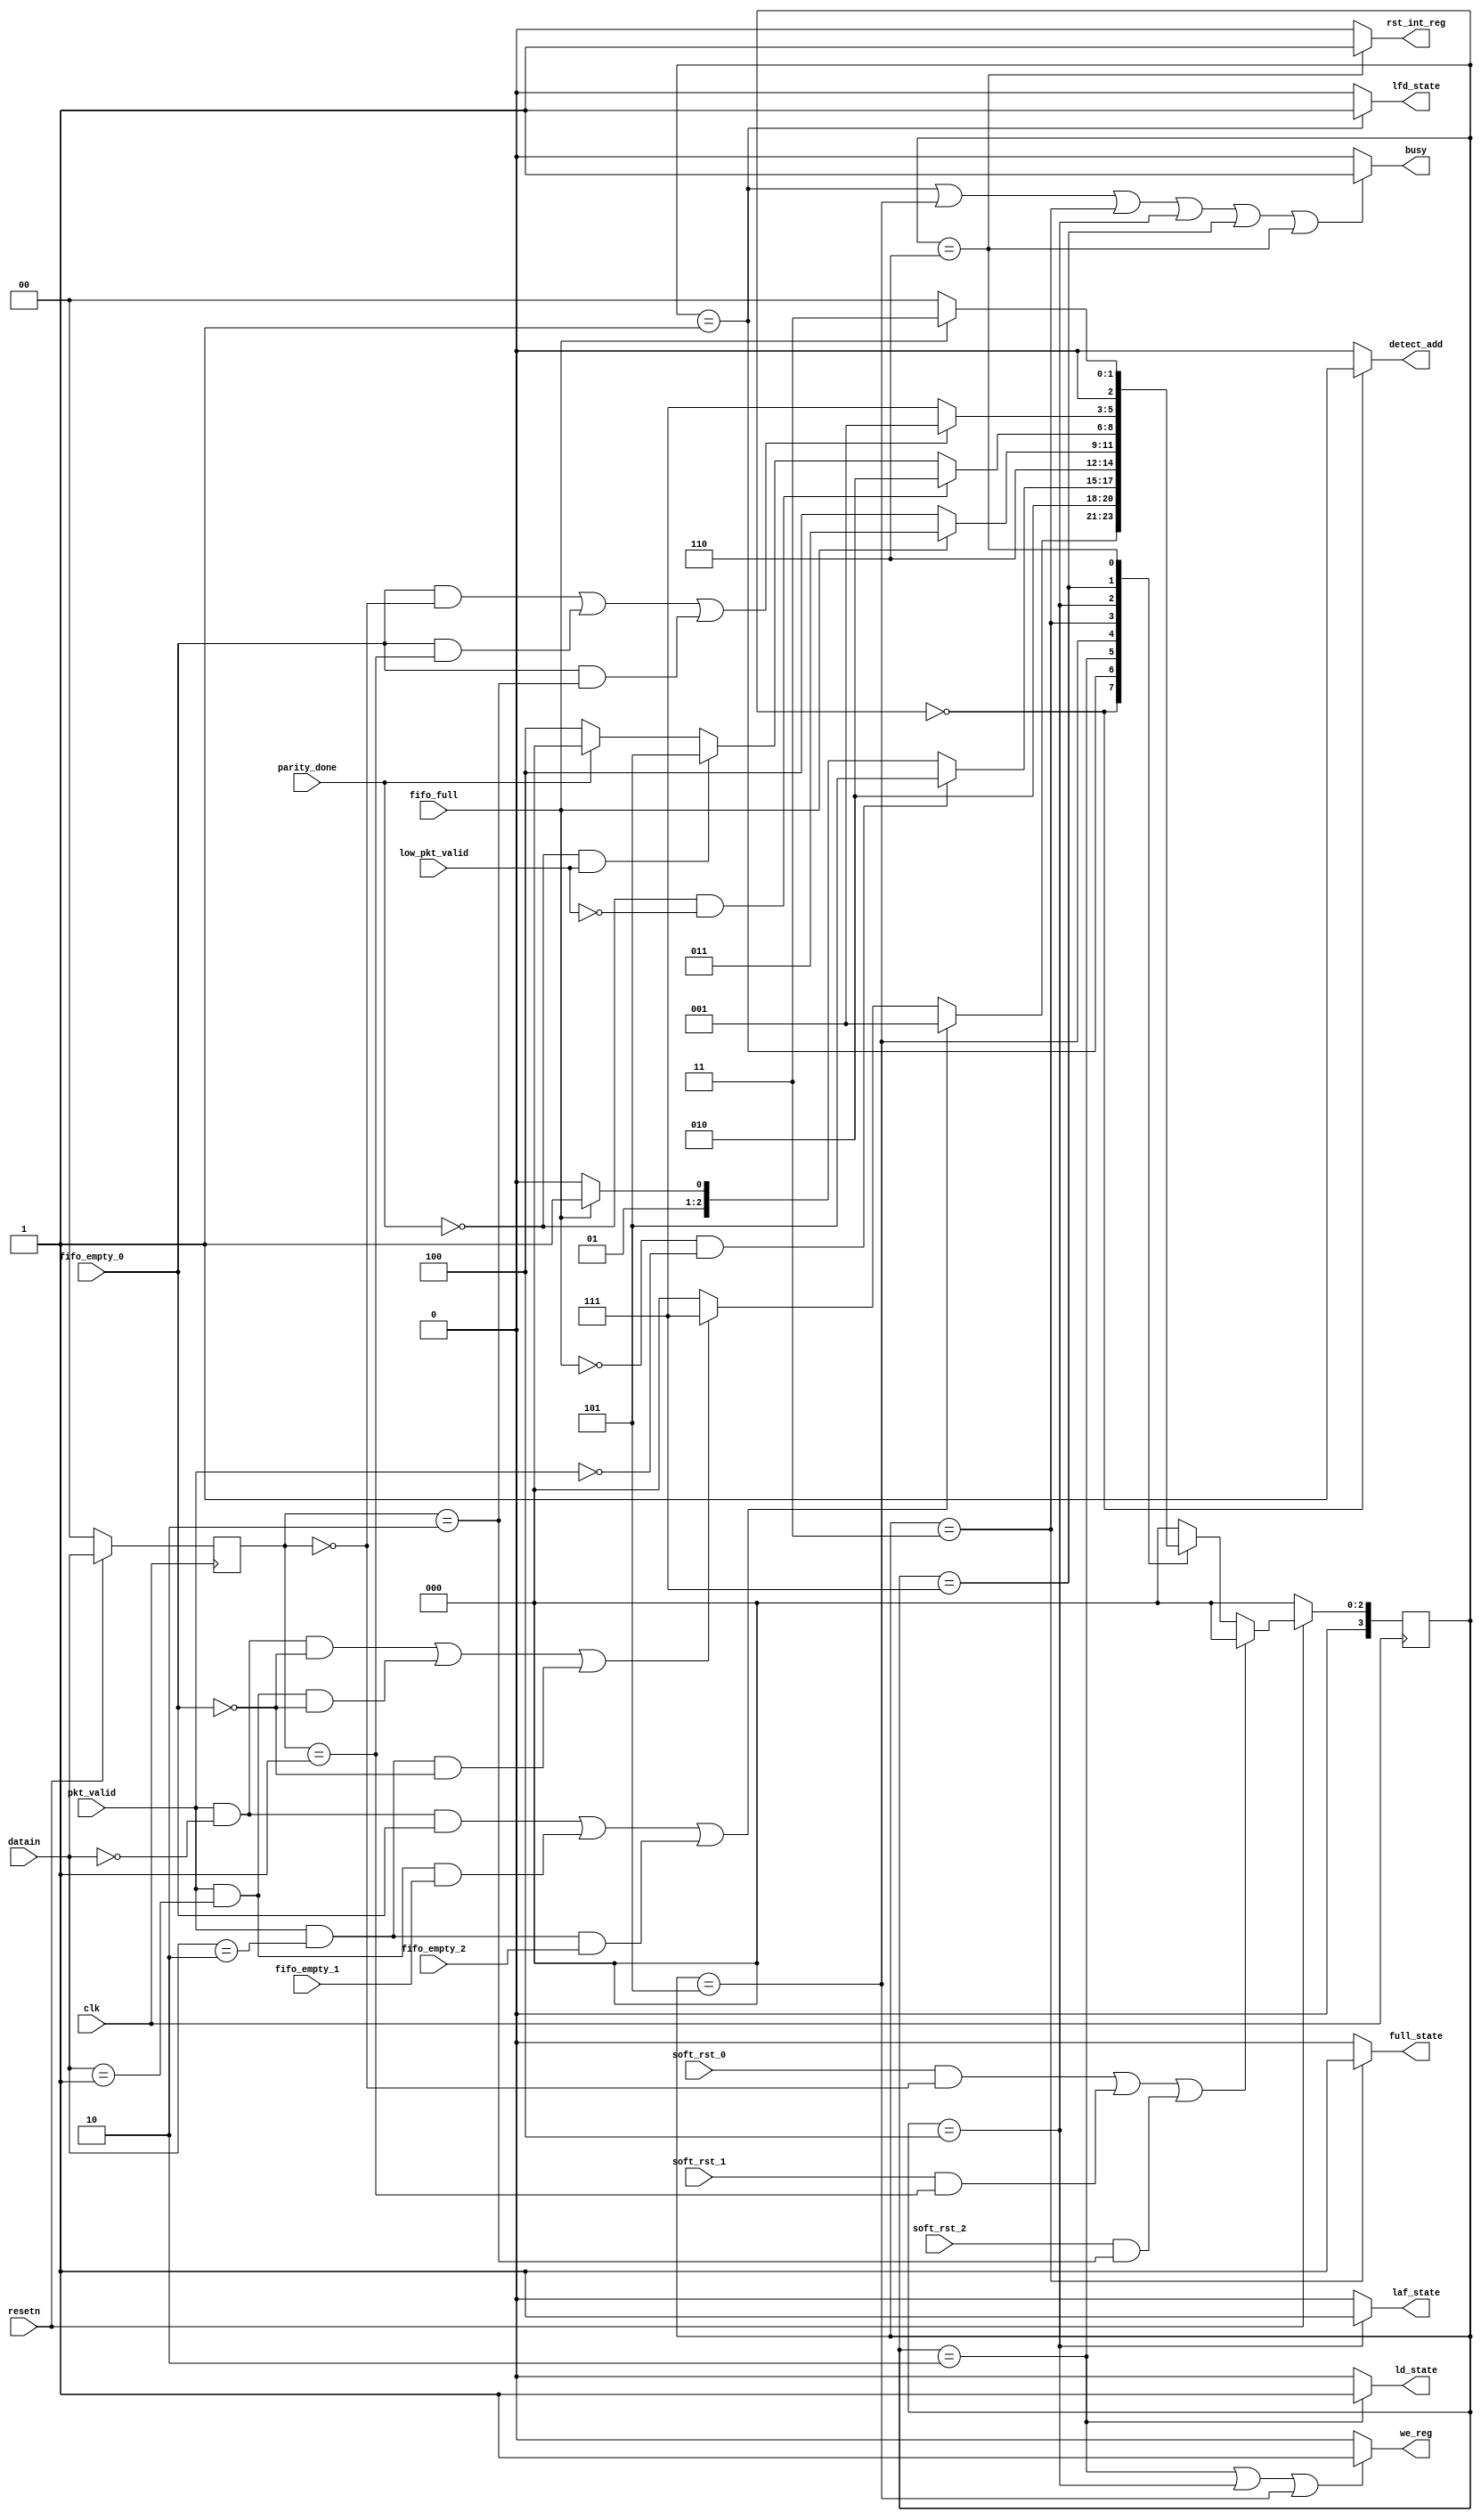
module router_fsm(clk,resetn,pkt_valid,parity_done,datain,soft_rst_0,soft_rst_1,soft_rst_2,fifo_full,low_pkt_valid,fifo_empty_0,fifo_empty_1,fifo_empty_2,
					detect_add,ld_state,laf_state,full_state,we_reg,rst_int_reg,lfd_state,busy);

parameter               
decode_address   	=3'b000,
load_firesetn_data 	=3'b001,
load_data 			=3'b010,
fifo_full_state		=3'b011,
load_after_full		=3'b100,
load_parity 		=3'b101,
check_parity_error	=3'b110,
wait_till_empty		=3'b111;


input clk,resetn,pkt_valid,parity_done,soft_rst_0,soft_rst_1,soft_rst_2,fifo_full,low_pkt_valid,fifo_empty_0,fifo_empty_1,fifo_empty_2;
input [1:0] datain;
output detect_add,ld_state,laf_state,full_state,we_reg,rst_int_reg,lfd_state,busy;

reg[3:0] present_state,next_state;
reg [1:0]addr;

always @(posedge clk)
begin
	if(!resetn)
		addr<=1'b0;
	else 
		addr<=datain;
end 

//reset operation
always@(posedge clk)
begin
	if(!resetn)
		present_state<=decode_address;
	else if (((soft_rst_0) && (addr==2'b00)) || 
		     ((soft_rst_1) && (addr==2'b01)) || 
			 ((soft_rst_2) && (addr==2'b10)))
				 
		present_state<=decode_address;
	else
		present_state<=next_state;
			
end

always@(*)
begin
	case(present_state)
		decode_address : 
		begin
			if((pkt_valid & (datain == 2'b00) & fifo_empty_0) |
				(pkt_valid & (datain == 2'b01) & fifo_empty_1) |
				(pkt_valid & (datain == 2'b10) & fifo_empty_2) )
				next_state =load_firesetn_data;
			else if ((pkt_valid & (datain == 2'b00) & !fifo_empty_0) |
					 (pkt_valid & (datain == 2'b01) & !fifo_empty_0) |
					 (pkt_valid & (datain == 2'b10) & !fifo_empty_0) )
				next_state =wait_till_empty;
			else
				next_state = decode_address;
		end
		
		load_firesetn_data:
		begin
			next_state =load_data;
		end
		
		load_data: 
		begin
			if(!fifo_full && !pkt_valid)
				next_state = load_parity;
			else if (fifo_full)
				next_state =fifo_full_state;
			else
				next_state = load_data;
		end
		
		load_parity: 
		begin
			next_state = check_parity_error;
		end
		
		fifo_full_state:
		begin
			if (!fifo_full)
				next_state = load_after_full;
			else
				next_state = fifo_full_state;
		end
		
		load_after_full:
		begin
			if (!parity_done && !low_pkt_valid)
				next_state = load_data;
			else if (!parity_done && low_pkt_valid)
				next_state = load_parity;
			else 
			begin 
				if(parity_done==1'b1)
					next_state=decode_address;
				else
					next_state=load_after_full;
			end
		end
		
		wait_till_empty:
		begin
			if ((fifo_empty_0 && (addr == 2'b00)) ||
				 (fifo_empty_0 && (addr == 2'b01)) ||
				 (fifo_empty_0 && (addr == 2'b10)))
				next_state = load_firesetn_data;
			else
				next_state = wait_till_empty;
		end
		
		check_parity_error:
		begin
			if (!fifo_full)
				next_state = decode_address;
			else if(fifo_full)
				next_state = fifo_full_state;
			else
				next_state = check_parity_error;
		end
		default:
			next_state =decode_address;
	endcase
end 

assign busy=((present_state==load_firesetn_data)||(present_state==load_parity)||(present_state==fifo_full_state)||(present_state==load_after_full)||(present_state==wait_till_empty)||(present_state==check_parity_error))?1:0;
assign detect_add=((present_state==decode_address))?1:0;
assign lfd_state=((present_state==load_firesetn_data))?1:0;
assign ld_state=((present_state==load_data))?1:0;
assign we_reg=((present_state==load_data)||(present_state==load_after_full)||(present_state==load_parity))?1:0;
assign full_state=((present_state==fifo_full_state))?1:0;
assign laf_state=((present_state==load_after_full))?1:0;
assign rst_int_reg=((present_state==check_parity_error))?1:0;

endmodule